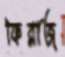
ফিরাজ